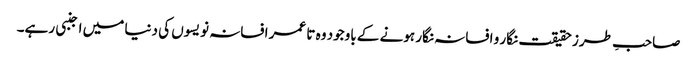
صاحبِ طرز حقیقت نگار و افسانہ نگار ہونے کے باوجود وہ تا عمر افسانہ نویسوں کی دنیا میں اجنبی رہے۔